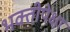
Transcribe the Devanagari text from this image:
भक्तीपेक्षा